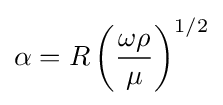
\alpha =R\left({\frac {\omega \rho }{\mu }}\right)^{1/2}